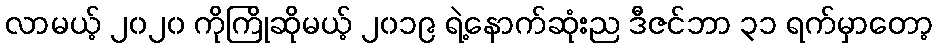
လာမယ့် ၂၀၂၀ ကိုကြိုဆိုမယ့် ၂၀၁၉ ရဲ့နောက်ဆုံးည ဒီဇင်ဘာ ၃၁ ရက်မှာတော့